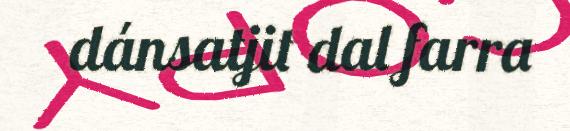
dánsatjit dal farra